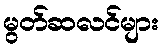
မွတ်ဆလင်များ